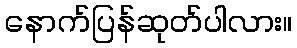
နောက်ပြန်ဆုတ်ပါလား။